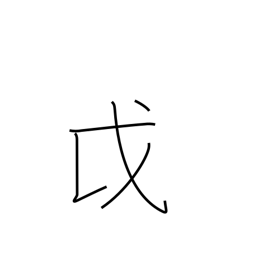
Meaning: Ainu